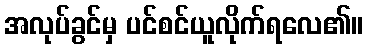
အလုပ်ခွင်မှ ပင်စင်ယူလိုက်ရလေ၏။